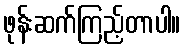
ဖုန်းဆက်ကြည့်တာပါ။